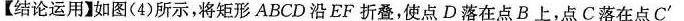
【结论运用】如图(4)所示，将矩形ABCD沿EF折叠，使点D落在点B上，点C落在点C'